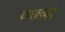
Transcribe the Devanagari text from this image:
व्प्छच्द्ध